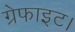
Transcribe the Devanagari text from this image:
ग्रेफाइट।